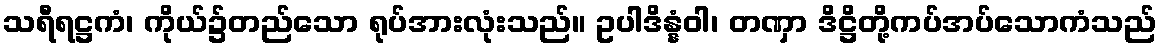
သရီရဋ္ဌကံ၊ ကိုယ်၌တည်သော ရုပ်အားလုံးသည်။ ဥပါဒိန္နံဝါ၊ တဏှာ ဒိဋ္ဌိတို့ကပ်အပ်သောကံသည်